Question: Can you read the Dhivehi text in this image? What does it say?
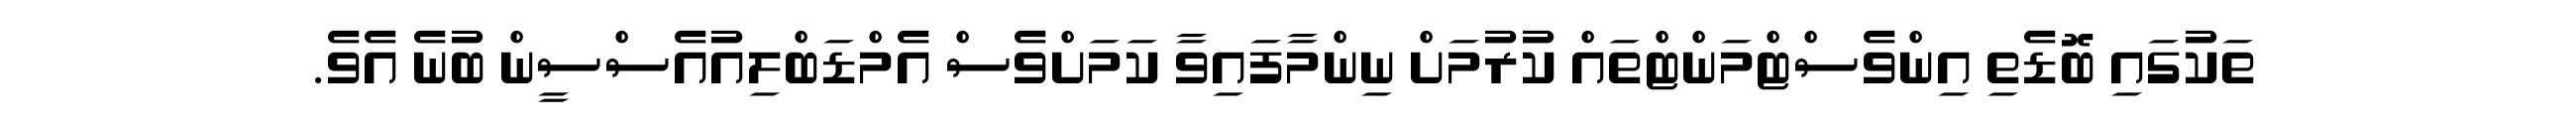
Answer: ތަކުގައި ބޮޑެތި އިންވެސްޓްމަންޓްތައް ކުރުމަށް ނިންމާފައިވާ ކަމަށްވެސް އެމްޑަބްލިއުއެސްސީން ބުނެ އެވެ.